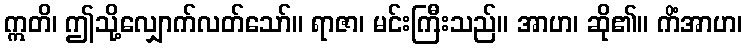
ဣတိ၊ ဤသို့လျှောက်လတ်သော်။ ရာဇာ၊ မင်းကြီးသည်။ အာဟ၊ ဆို၏။ ကိံအာဟ၊